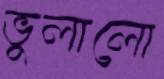
ভুলালো